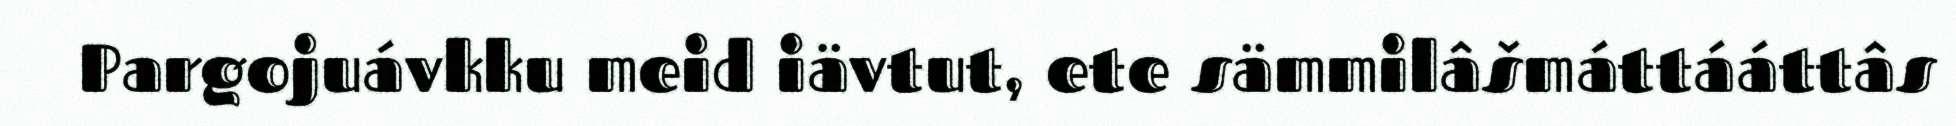
Pargojuávkku meid iävtut, ete sämmilâšmáttááttâs